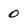
Character: 0